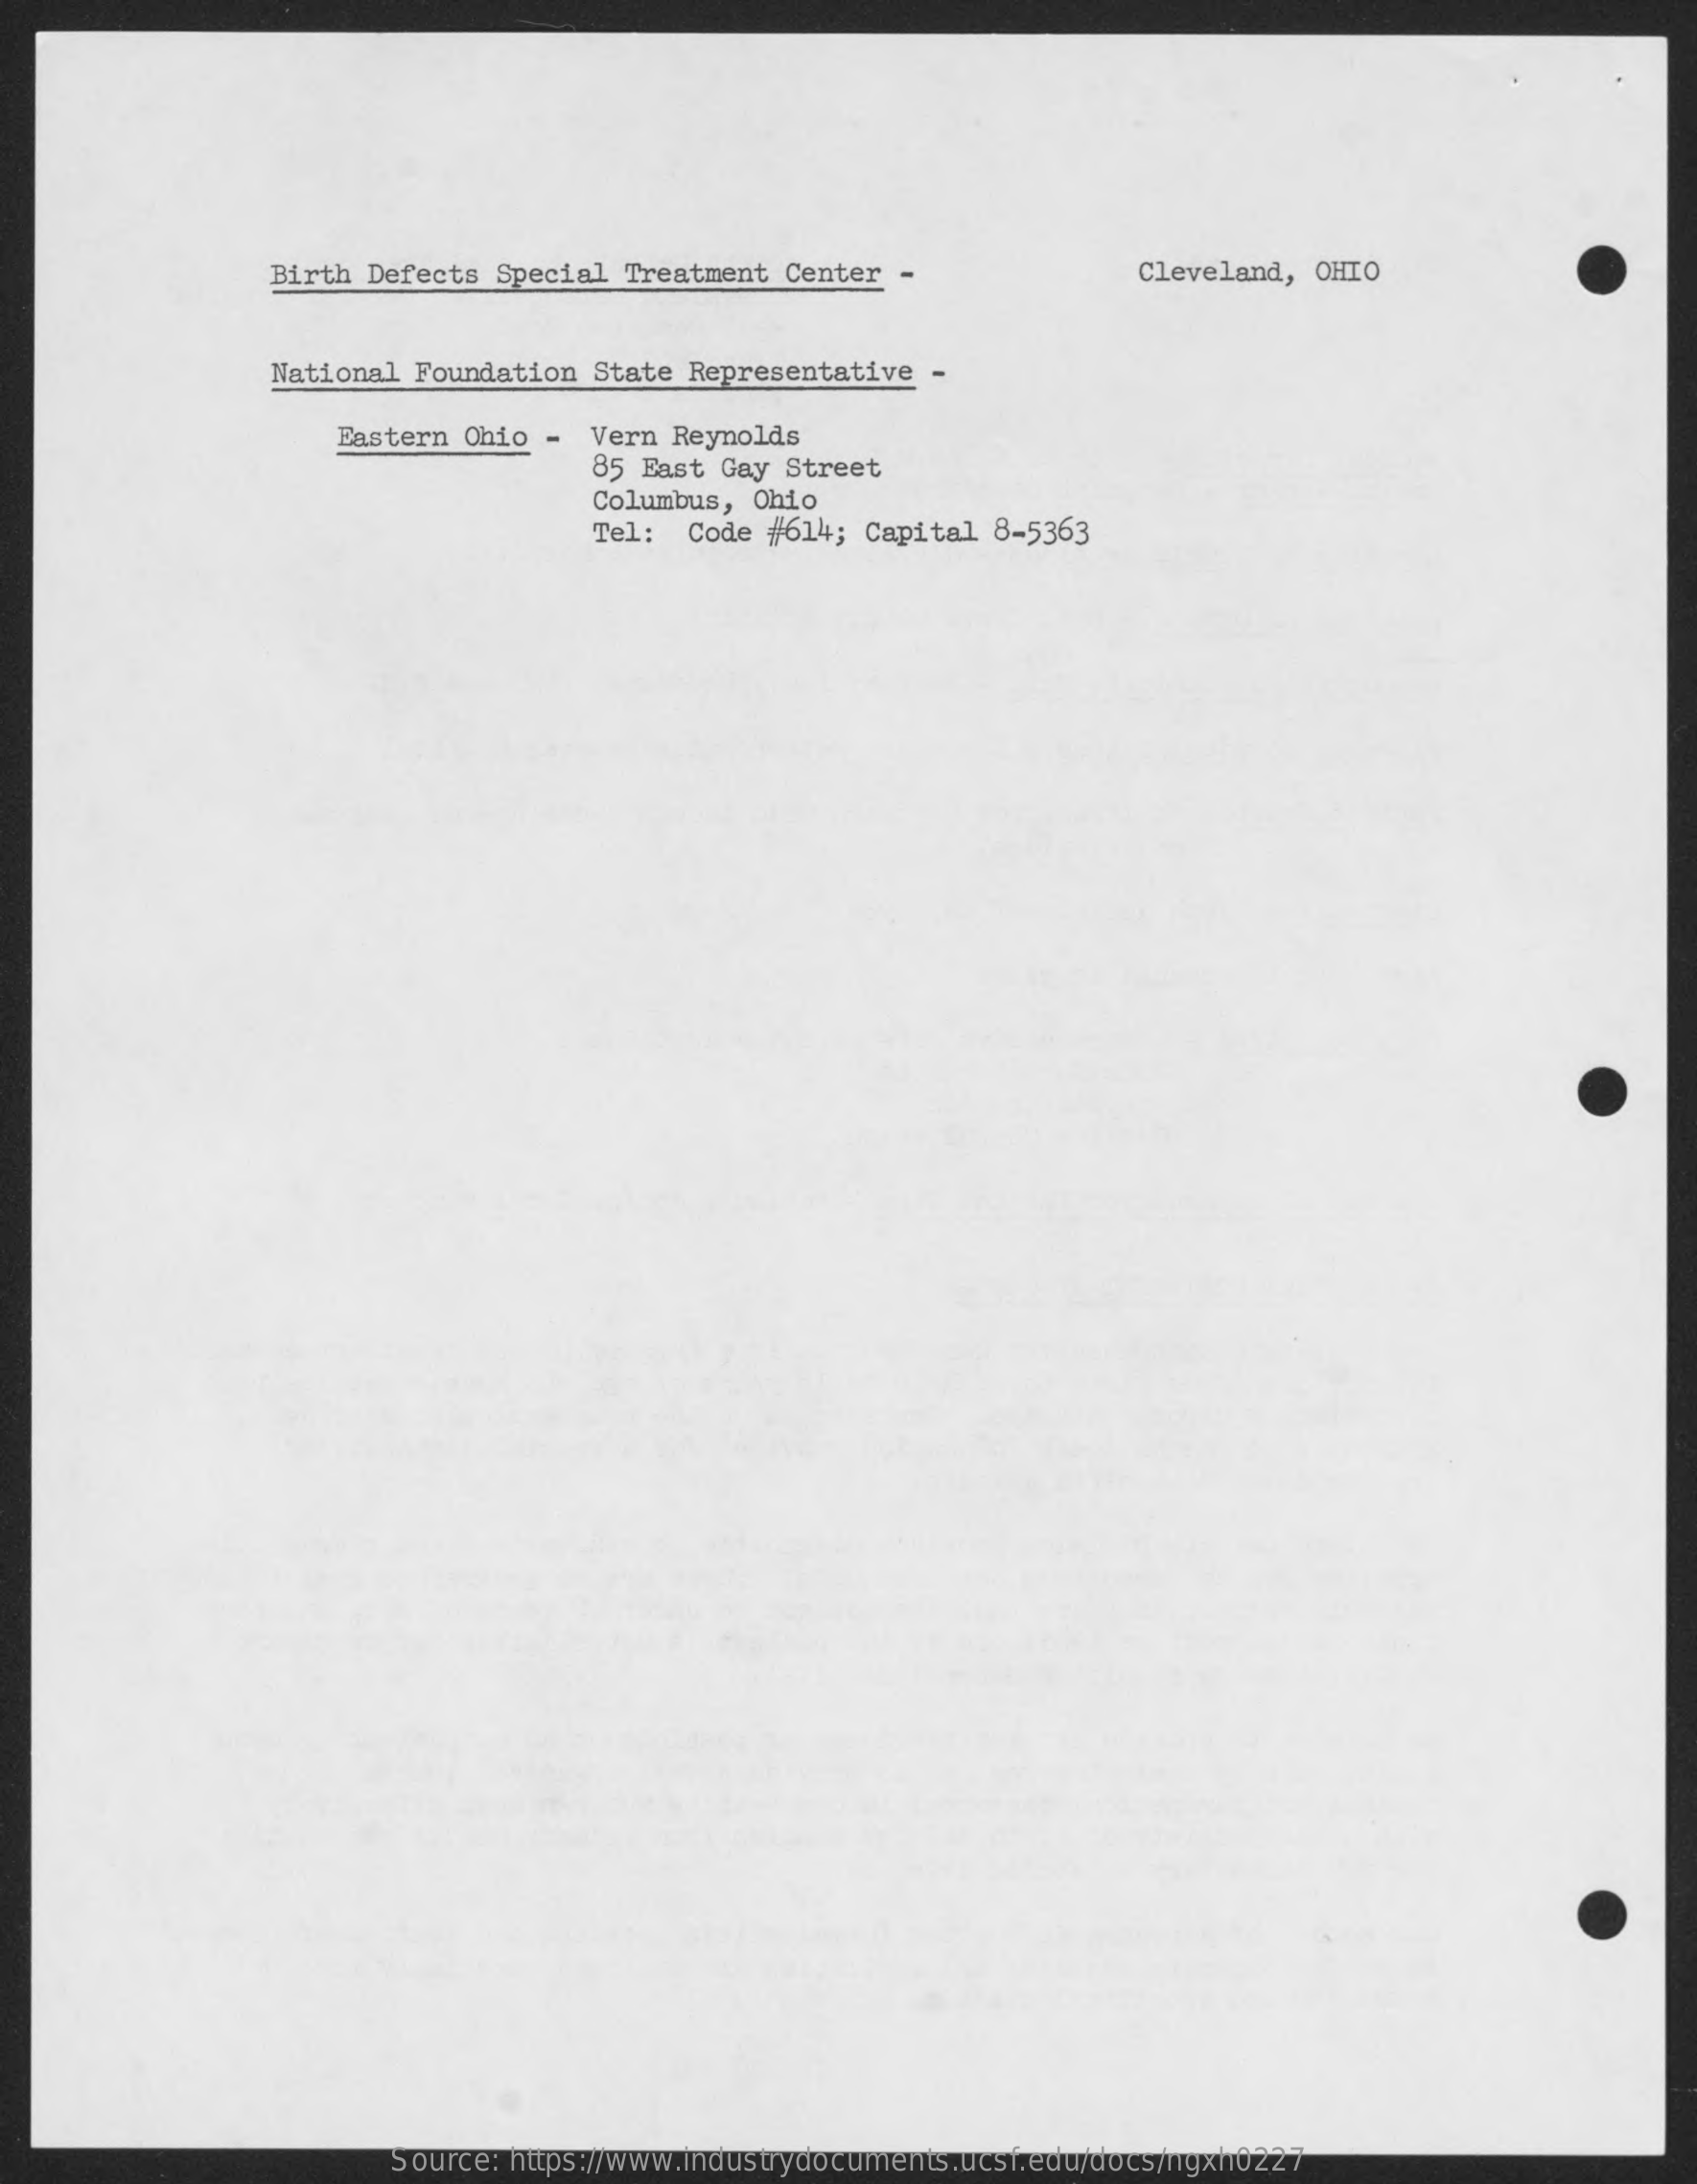
Birth Defects Special Treatment  Center -    Cleveland, OHIO
     National Foundation State Representative  -
     Eastern Ohio -  Vern Reynolds
     85 East Gay  Street
     Columbus,  Ohio
     Tel: Code  #614; Capital 8-5363
     Source: https://www.industrydocuments.ucsf.edu/docs/ngxh0227